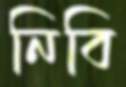
নিবি